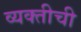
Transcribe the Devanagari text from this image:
व्‍यक्‍तीची